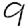
Digit: 9